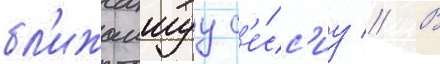
бл'ижаишуу с'е́сс'иу // В